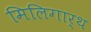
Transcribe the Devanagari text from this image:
मिलिगार्थ